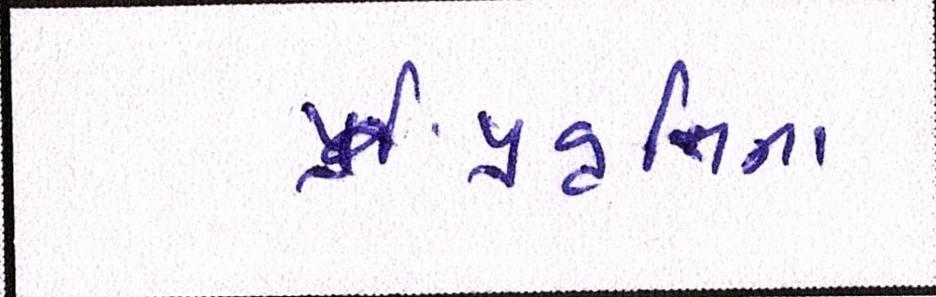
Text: પ્રવૃત્તિના